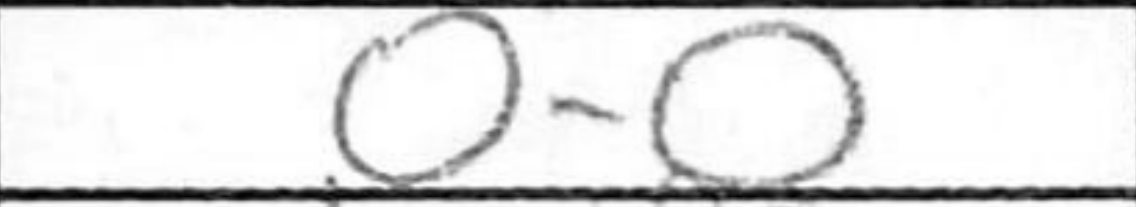
Transcription: O-O